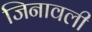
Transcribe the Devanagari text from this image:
जिनावली